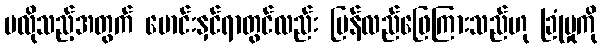
မလိုသည့်အတွက် မောင်းနှင်ရာတွင်လည်း ပြန်လည်ဖြေကြားသည်ဟု ခြုံမှုကို